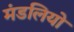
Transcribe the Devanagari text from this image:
मंडलियो